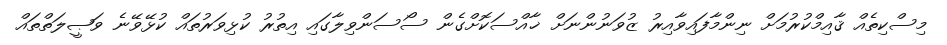
މިސްކިތެއް ޤާއިމްކުރުމަށް ނިންމާފައިވާއިރު ޒުވަނުންނަށް ޚާއްސަކޮށްގެން ސޯސަންވިލާގައި އިތުރު ކުޅިވަރުތައް ކުޅޭވޭނެ ވަޞީލަތްތައް